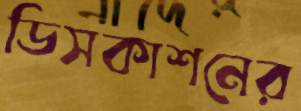
ডিসকাশনের